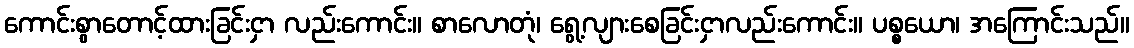
ကောင်းစွာတောင့်ထားခြင်းငှာ လည်းကောင်း။ စာလောတုံ၊ ရွေ့လျားစေခြင်းငှာလည်းကောင်း။ ပစ္စယော၊ အကြောင်းသည်။